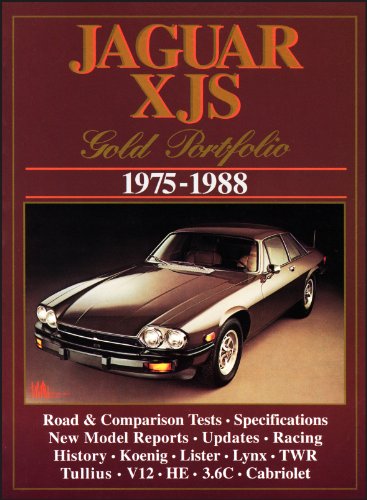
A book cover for Jaguar XJS Gold Portfolio 1975-1988; R.M. Clarke; Engineering & Transportation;